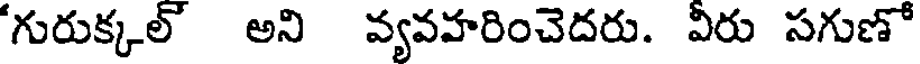
గురుక్కల్ అని వ్యవహరించెదరు. వీరు సగుణో